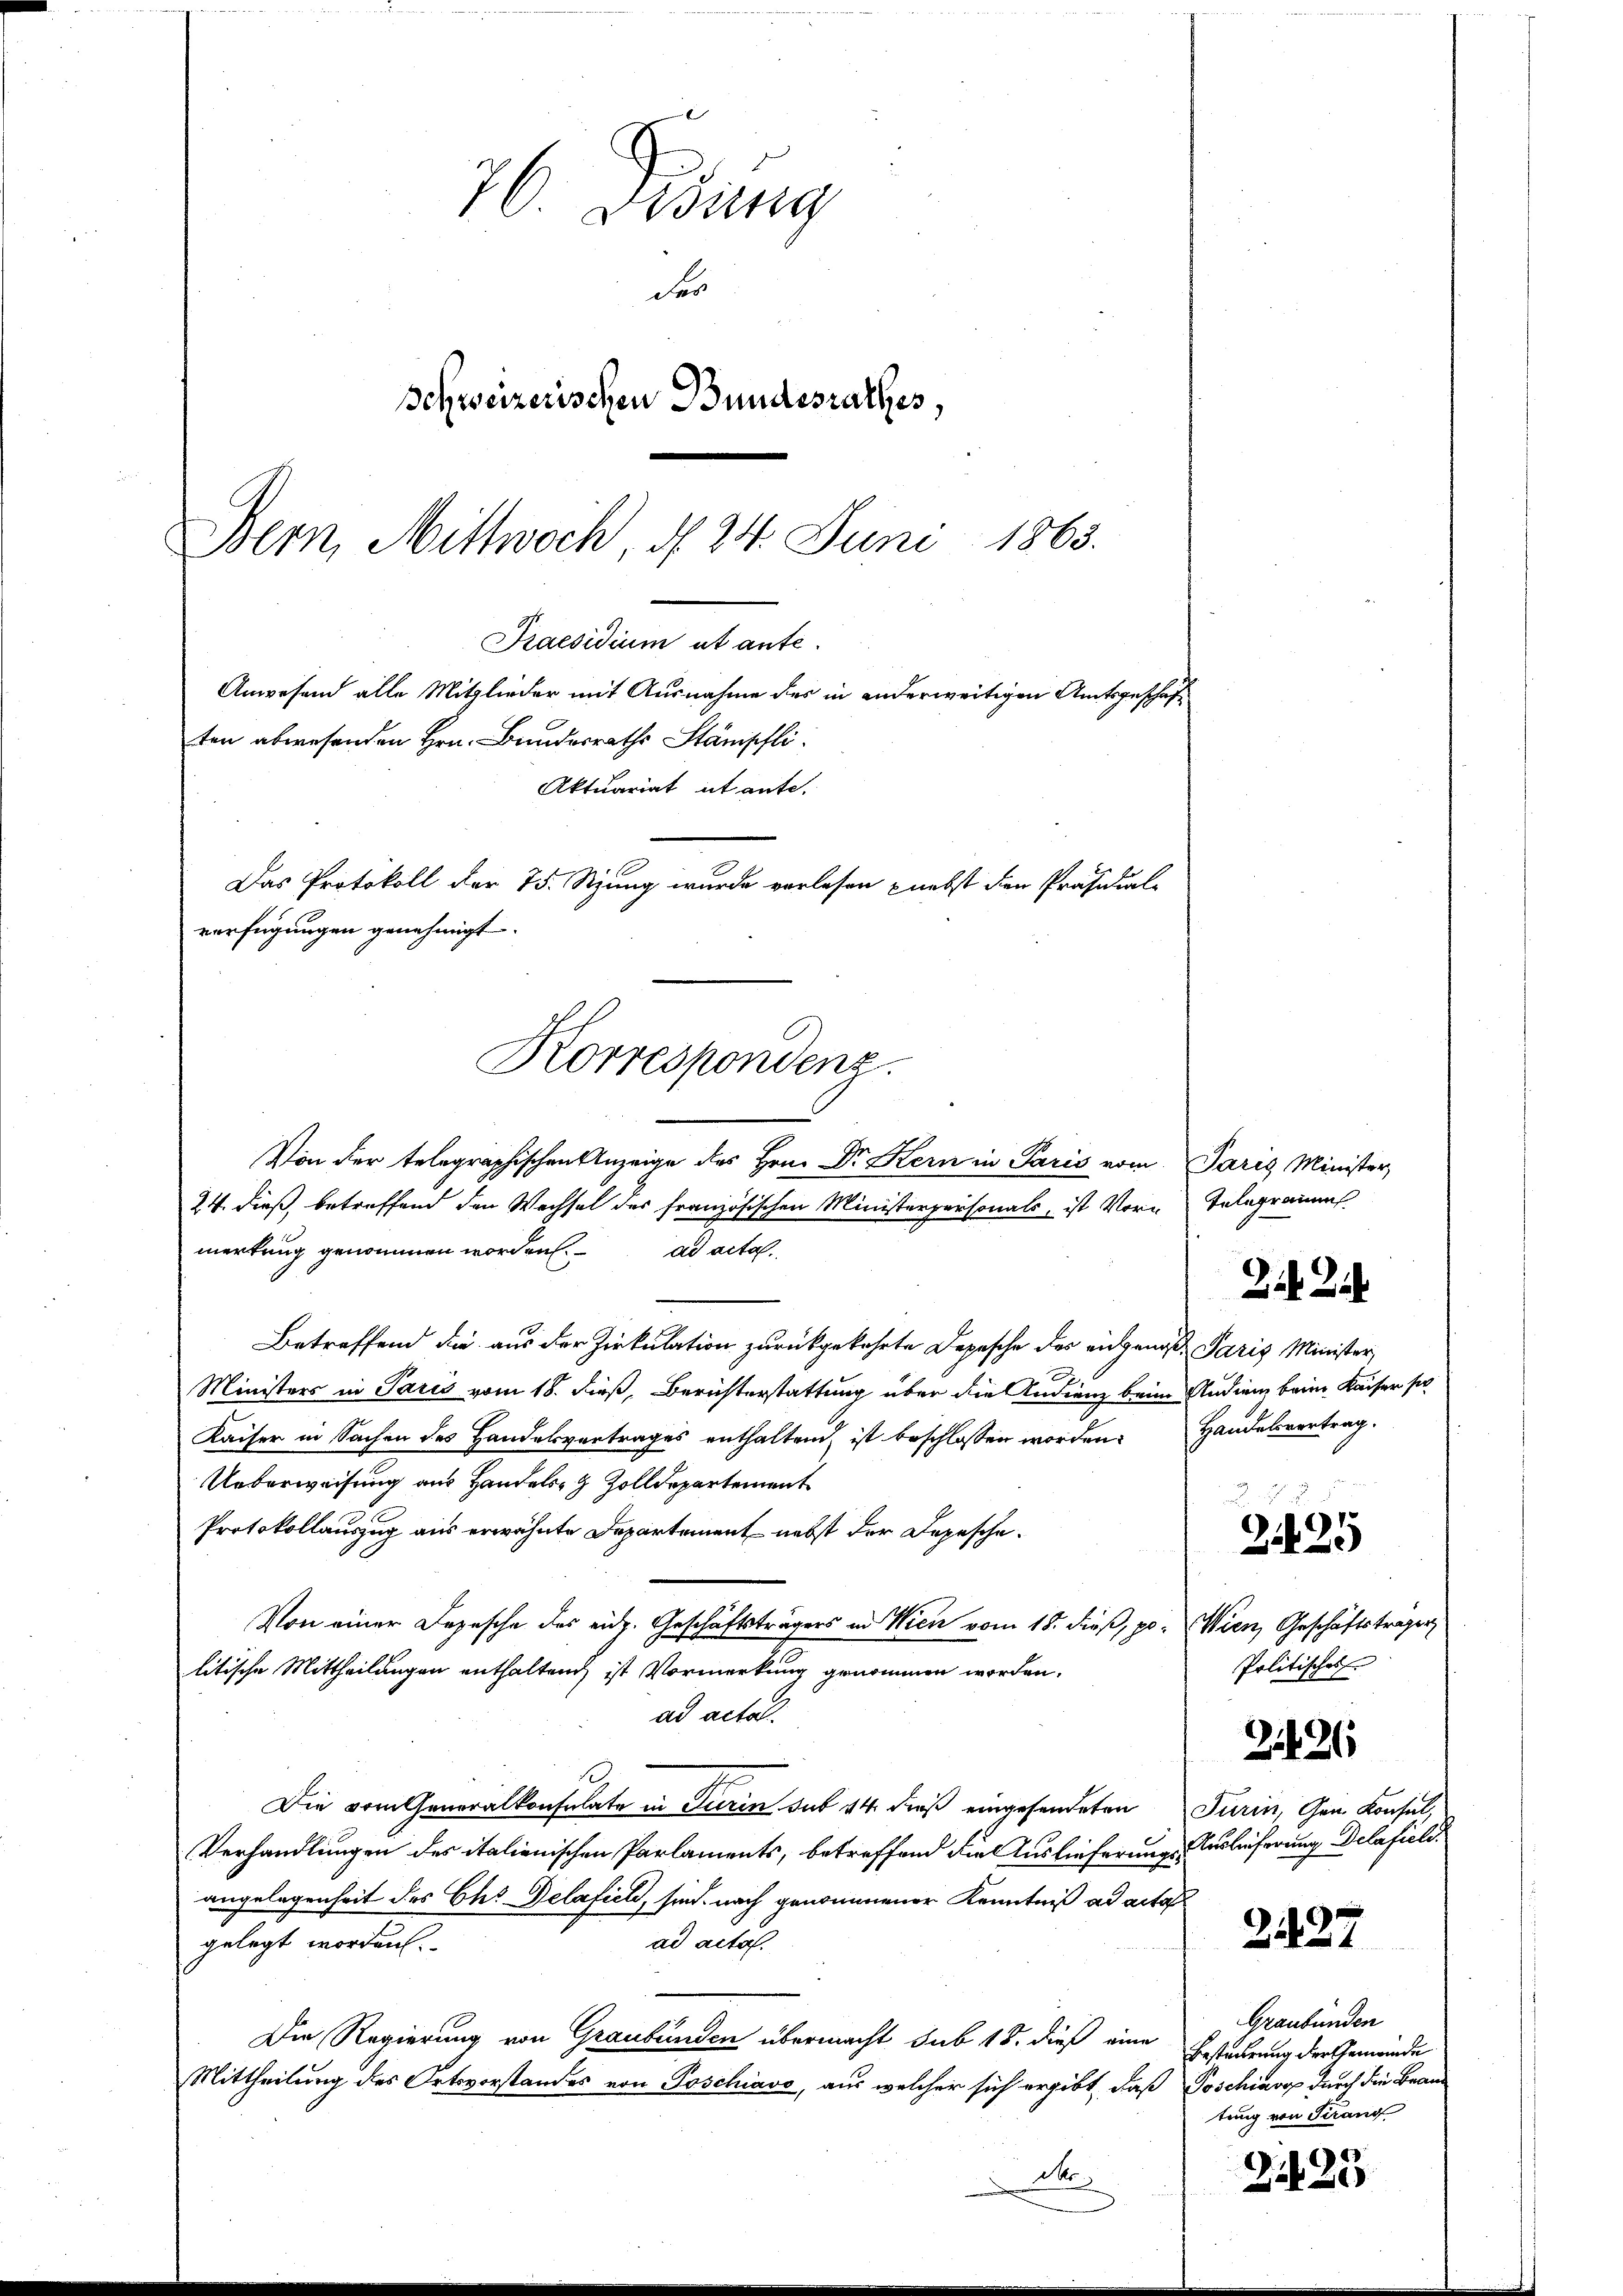
Kaesidium et ante.
Anwesend alle Mitglieder mit Ausnahme des in anderweitigen Amtsgeschaften abwesenden Hrn. Bundesraths Stämpfli
Aktuariat it ante.
Das Protokoll der 75. Setzung wurde verlesen nebst den Präsidial-
verfügungen genehmigt.
Korrespondenz.

76 Dedung
des
Schweizerischen Bundesrathes,
Bern, Mittwoch, d. 24. Juni 1865.

Von der telegraphischen Anzeige des Hrn. Dr Kern in Paris vom Paris Minister,
24. dieß, betreffend den Wechsel des französischen Ministerpersonals, ist Vorn
merkung genommen worden. ad acta
Betreffend die aus der Zirkulation zurückgekehrte Depesche der eidgenos- Paris Minister,
A
Ministers in Paris vom 18. dieß, Berichterstattung über die Indienz beim Audien beim Kaiser sie
Kaiser in Sachen des Handelsvertrages enthaltend ist beschlossen worden. Handelsvertrag.
Ueberweisung aus Handels Zolldepartement
Protokollauszug aus erwähnte Departement nebst der Depesche.
Von einer Depesche des eidg. Geschäftsträgers in Wien vom 15. dieß, po. Wien, Geschäftsträger
litische Mittheilungen enthaltend, ist Vormerkung genommen worden.
ad actal.
.
Die vom Generalkonsulate in Turin sub 14 dieß eingesendeten Turin, Gen. Konsul,
Verhandlungen des italienischen Parlaments, betreffend die Auslieferungs-Auslieferung Delafield
angelegenheit des Chs Delafich, sind nach genommener Kenntniß ad acta
ad acta.
gelegt worden.
Die Regierung von Graubünden übermacht sub 18. dieß eine
Mittheilung des Ortsvorstandes von Poschiavo, aus welcher sich ergibt, daß Poschiavop durch die Braun
 Me

Telegramm

2125
Politisches.

2. Ze

2426

21127

Graubünden
Bestierung der Gemeinde
tung von Strang

G
Zif se